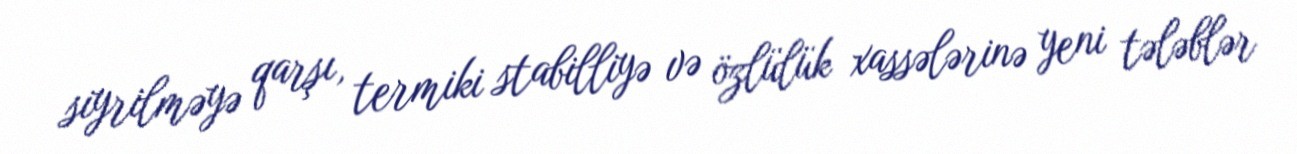
siyrilməyə qarşı, termiki stabilliyə və özlülük xassələrinə yeni tələblər